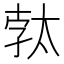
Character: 𭑓